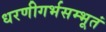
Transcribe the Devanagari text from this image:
धरणीगर्भसम्भूतं